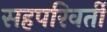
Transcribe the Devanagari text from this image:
सहपरिवर्ती